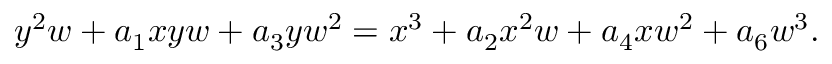
y ^ { 2 } w + a _ { 1 } x y w + a _ { 3 } y w ^ { 2 } = x ^ { 3 } + a _ { 2 } x ^ { 2 } w + a _ { 4 } x w ^ { 2 } + a _ { 6 } w ^ { 3 } .